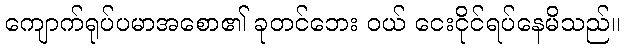
ကျောက်ရုပ်ပမာအစော၏ ခုတင်ဘေး ဝယ် ငေးငိုင်ရပ်နေမိသည်။